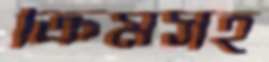
ক্রিমসহ